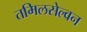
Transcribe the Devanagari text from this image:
तमिलसेल्वन